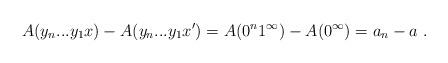
LaTeX: \begin{align*}A(y_n...y_1x) - A(y_n...y_1x') = A(0^n 1^\infty) - A(0^\infty) = a_n - a \ .\end{align*}